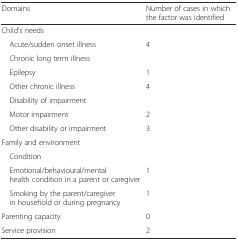
| Domains | Number of cases in which the factor was identified |
 | --- | --- |
 | Child's needs |  |
 | Acute/sudden onset illness | 4 |
 | Chronic long term illness |  |
 | Epilepsy | 1 |
 | Other chronic illness | 4 |
 | Disability of impairment |  |
 | Motor impairment | 2 |
 | Other disability or impairment | 3 |
 | Family and environment |  |
 | Condition |  |
 | Emotional/behavioural/mental health condition in a parent or caregiver | 1 |
 | Smoking by the parent/caregiver in household or during pregnancy | 1 |
 | Parenting capacity | 0 |
 | Service provision | 2 |